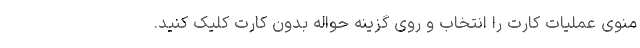
منوی عملیات کارت را انتخاب و روی گزینه حواله بدون کارت کلیک کنید.